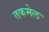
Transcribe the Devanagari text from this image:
तकमेल